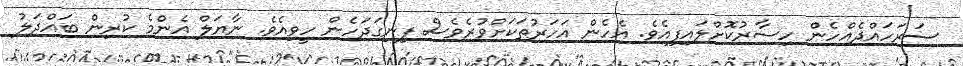
ސަރަހައްދެއްހެން ހިސާރުކޮށްލައިފިއެވެ. އެހެން އަހަރުތަކަށްވުރެވެސް ފިނިގަދަހެން ހީވިއެވެ. ނާޔަލް އެންމެ ކުރިން ބައްދަލު